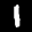
Label: 1